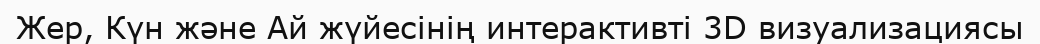
Жер, Күн және Ай жүйесінің интерактивті 3D визуализациясы